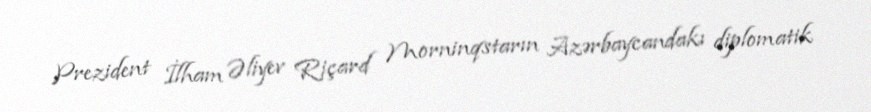
Prezident İlham Əliyev Riçard Morninqstarın Azərbaycandakı diplomatik